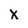
Character: x